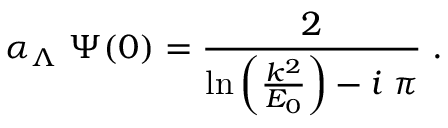
\alpha _ { \Lambda } \; \Psi ( 0 ) = \frac { 2 } { \mathrm { l n } \left( \frac { k ^ { 2 } } { E _ { 0 } } \right) - i \; \pi } \; .